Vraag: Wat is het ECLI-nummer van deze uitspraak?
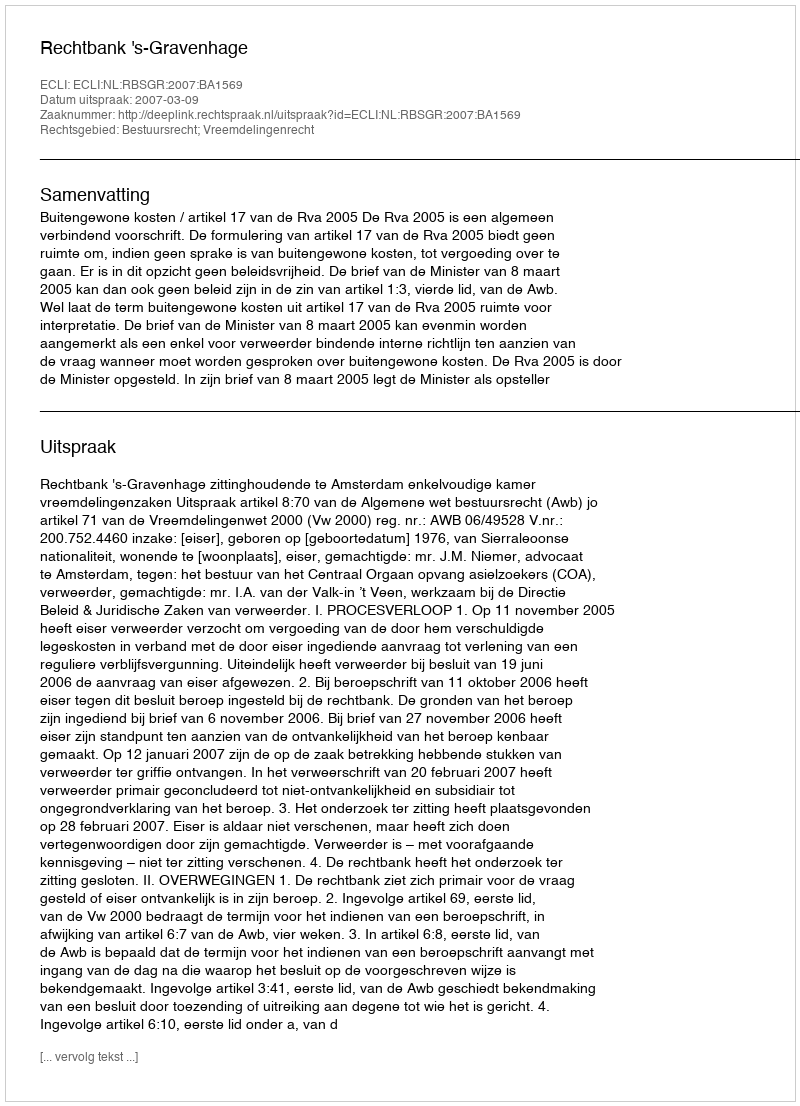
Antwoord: ECLI:NL:RBSGR:2007:BA1569